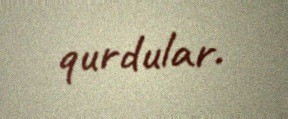
qurdular.